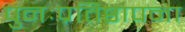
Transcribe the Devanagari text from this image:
पुनःप्रतिष्ठापना